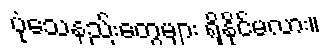
ပုံသေနည်းတွေများ ရှိနိုင်မလား။